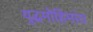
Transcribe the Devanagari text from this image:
युद्धमोहिमांत